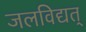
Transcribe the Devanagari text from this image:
जलविद्यत्